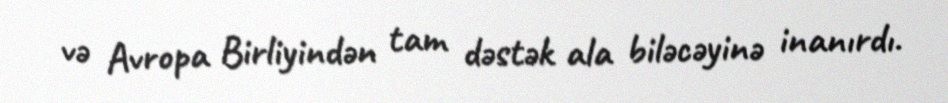
və Avropa Birliyindən tam dəstək ala biləcəyinə inanırdı.